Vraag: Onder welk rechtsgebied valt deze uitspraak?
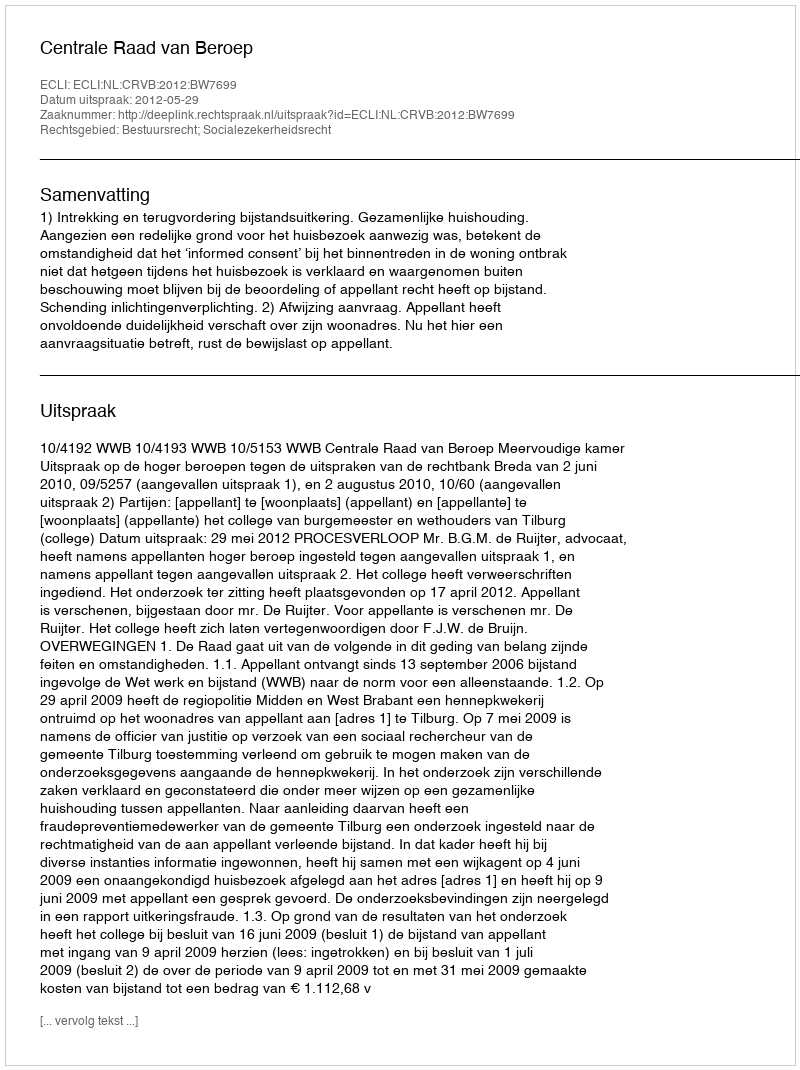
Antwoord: Bestuursrecht; Socialezekerheidsrecht